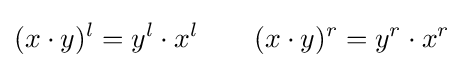
(x\cdot y)^{l}=y^{l}\cdot x^{l}\qquad (x\cdot y)^{r}=y^{r}\cdot x^{r}